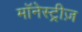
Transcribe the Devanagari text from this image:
मॉनेस्ट्रीज़